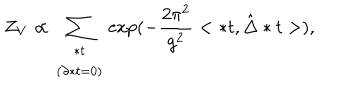
Z _ { V } \propto \sum _ { \begin{array} { c } { { * t } } \\ { { \left( \partial * t = 0 \right) } } \\ \end{array} } \exp ( - \frac { 2 \pi ^ { 2 } } { g ^ { 2 } } < * t , \hat { \Delta } * t > ) ,